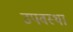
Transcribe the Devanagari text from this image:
उपवस्था